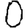
Digit: 0